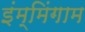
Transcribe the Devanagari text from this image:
इंम्मिंगाम